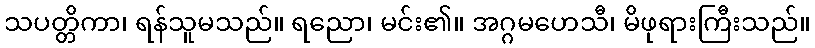
သပတ္တိကာ၊ ရန်သူမသည်။ ရညော၊ မင်း၏။ အဂ္ဂမဟေသီ၊ မိဖုရားကြီးသည်။